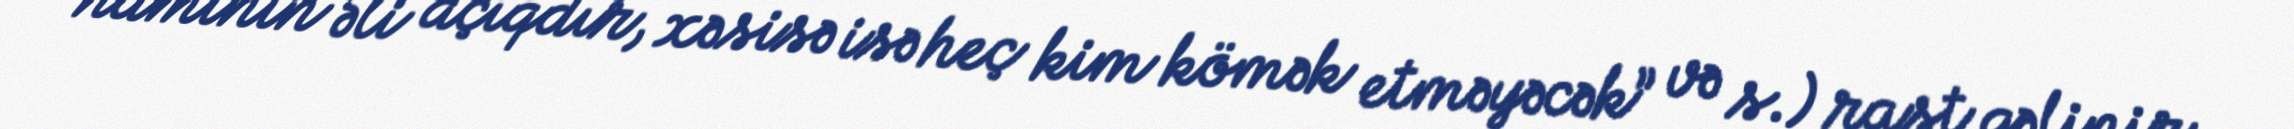
hamının əli açıqdır, xəsisə isə heç kim kömək etməyəcək” və s.) rast gəlinir.